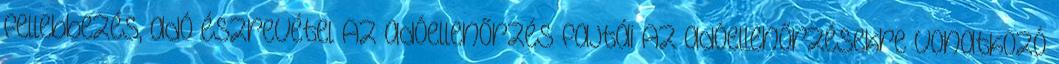
fellebbezés, adó észrevétel Az adóellenőrzés fajtái Az adóellenőrzésekre vonatkozó